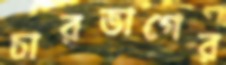
চারভাগের